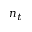
n _ { t }